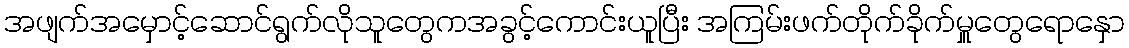
အဖျက်အမှောင့်ဆောင်ရွက်လိုသူတွေကအခွင့်ကောင်းယူပြီး အကြမ်းဖက်တိုက်ခိုက်မှူတွေရောနှော